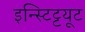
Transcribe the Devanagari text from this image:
इन्स्टिट्टयूट